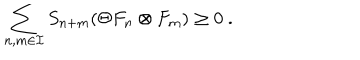
LaTeX: \sum _ { n , m \in { \cal I } } S _ { n + m } ( \Theta F _ { n } \otimes F _ { m } ) \geq 0 \ .